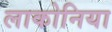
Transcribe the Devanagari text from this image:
लाकोनिया